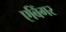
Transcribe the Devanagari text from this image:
एबिंगर